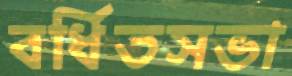
বর্ধিতসভা